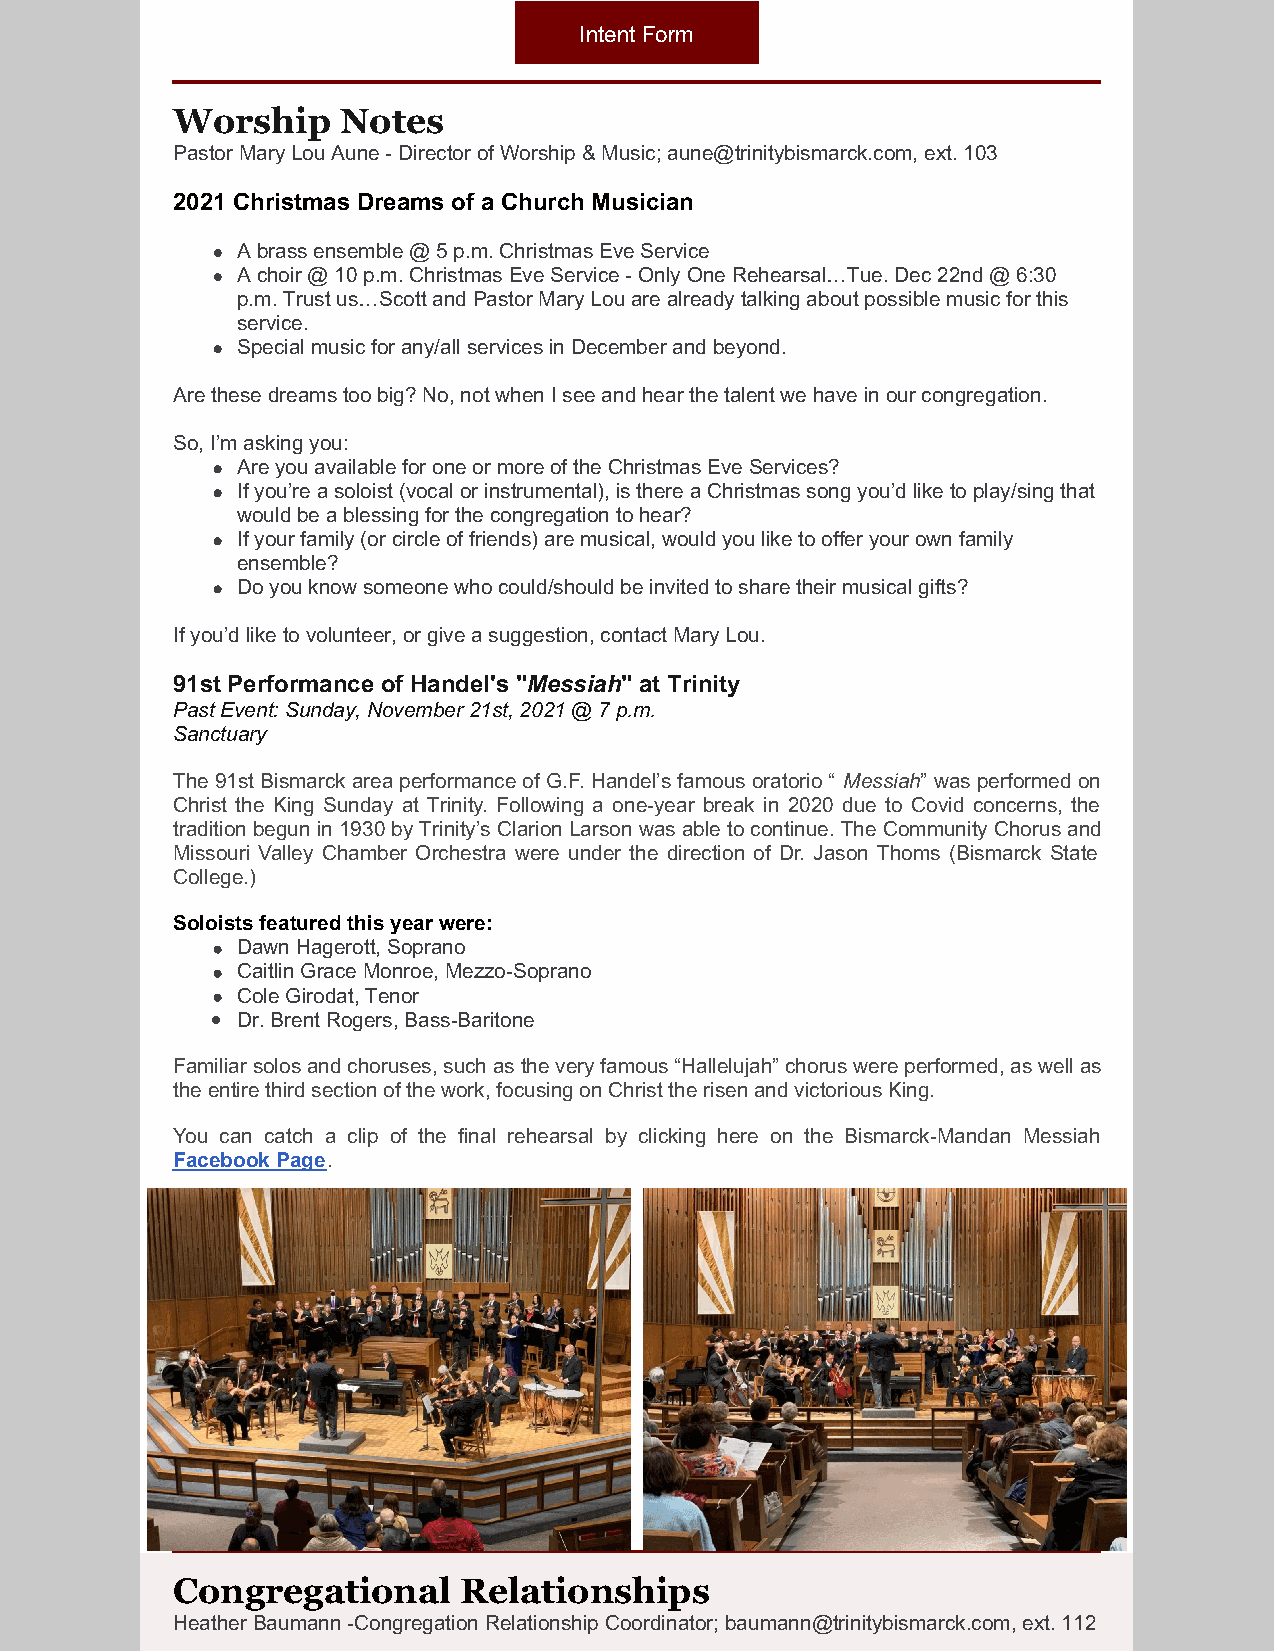
Intent Form
 Worship    Notes
 Pastor Mary Lou Aune - Director of Worship & Music; aune@trinitybismarck.com, ext. 103
 2021 Christmas Dreams of a Church Musician
 A brass ensemble @ 5 p.m. Christmas Eve Service
 A choir @ 10 p.m. Christmas Eve Service - Only One Rehearsal…Tue. Dec 22nd @ 6:30
 p.m. Trust us…Scott and Pastor Mary Lou are already talking about possible music for this
 service.
 Special music for any/all services in December and beyond.
 Are these dreams too big? No, not when I see and hear the talent we have in our congregation.
 So, I’m asking you:
 Are you available for one or more of the Christmas Eve Services?
 If you’re a soloist (vocal or instrumental), is there a Christmas song you’d like to play/sing that
 would be a blessing for the congregation to hear?
 If your family (or circle of friends) are musical, would you like to offer your own family
 ensemble?
 Do you know someone who could/should be invited to share their musical gifts?
 If you’d like to volunteer, or give a suggestion, contact Mary Lou.
 91st Performance of Handel's "Messiah" at Trinity
 Past Event: Sunday, November 21st, 2021 @ 7 p.m.
 Sanctuary
 The 91st Bismarck area performance of G.F. Handel’s famous oratorio “ Messiah” was performed on
 Christ the King Sunday at Trinity. Following a one-year break in 2020 due to Covid concerns, the
 tradition begun in 1930 by Trinity’s Clarion Larson was able to continue. The Community Chorus and
 Missouri Valley Chamber Orchestra were under the direction of Dr. Jason Thoms (Bismarck State
 College.)
 Soloists featured this year were:
 Dawn Hagerott, Soprano
 Caitlin Grace Monroe, Mezzo-Soprano
 Cole Girodat, Tenor
 ​Dr. Brent Rogers, Bass-Baritone
 Familiar solos and choruses, such as the very famous “Hallelujah” chorus were performed, as well as
 the entire third section of the work, focusing on Christ the risen and victorious King.
 You can catch a clip of the final rehearsal by clicking here on the Bismarck-Mandan Messiah
 Facebook Page.
 Congregational     Relationships
 Heather Baumann -Congregation Relationship Coordinator; baumann@trinitybismarck.com, ext. 112